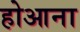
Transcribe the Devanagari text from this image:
होआना